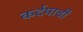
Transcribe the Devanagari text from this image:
कर्दमाची